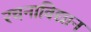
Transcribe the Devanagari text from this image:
रचनाविद्यान